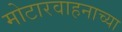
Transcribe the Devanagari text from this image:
मोटारवाहनाच्या